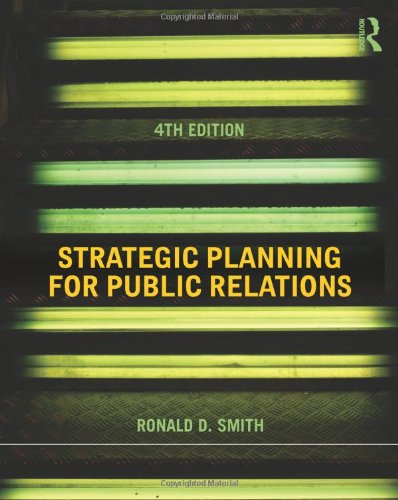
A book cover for Strategic Planning for Public Relations; Ronald D. Smith; Business & Money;